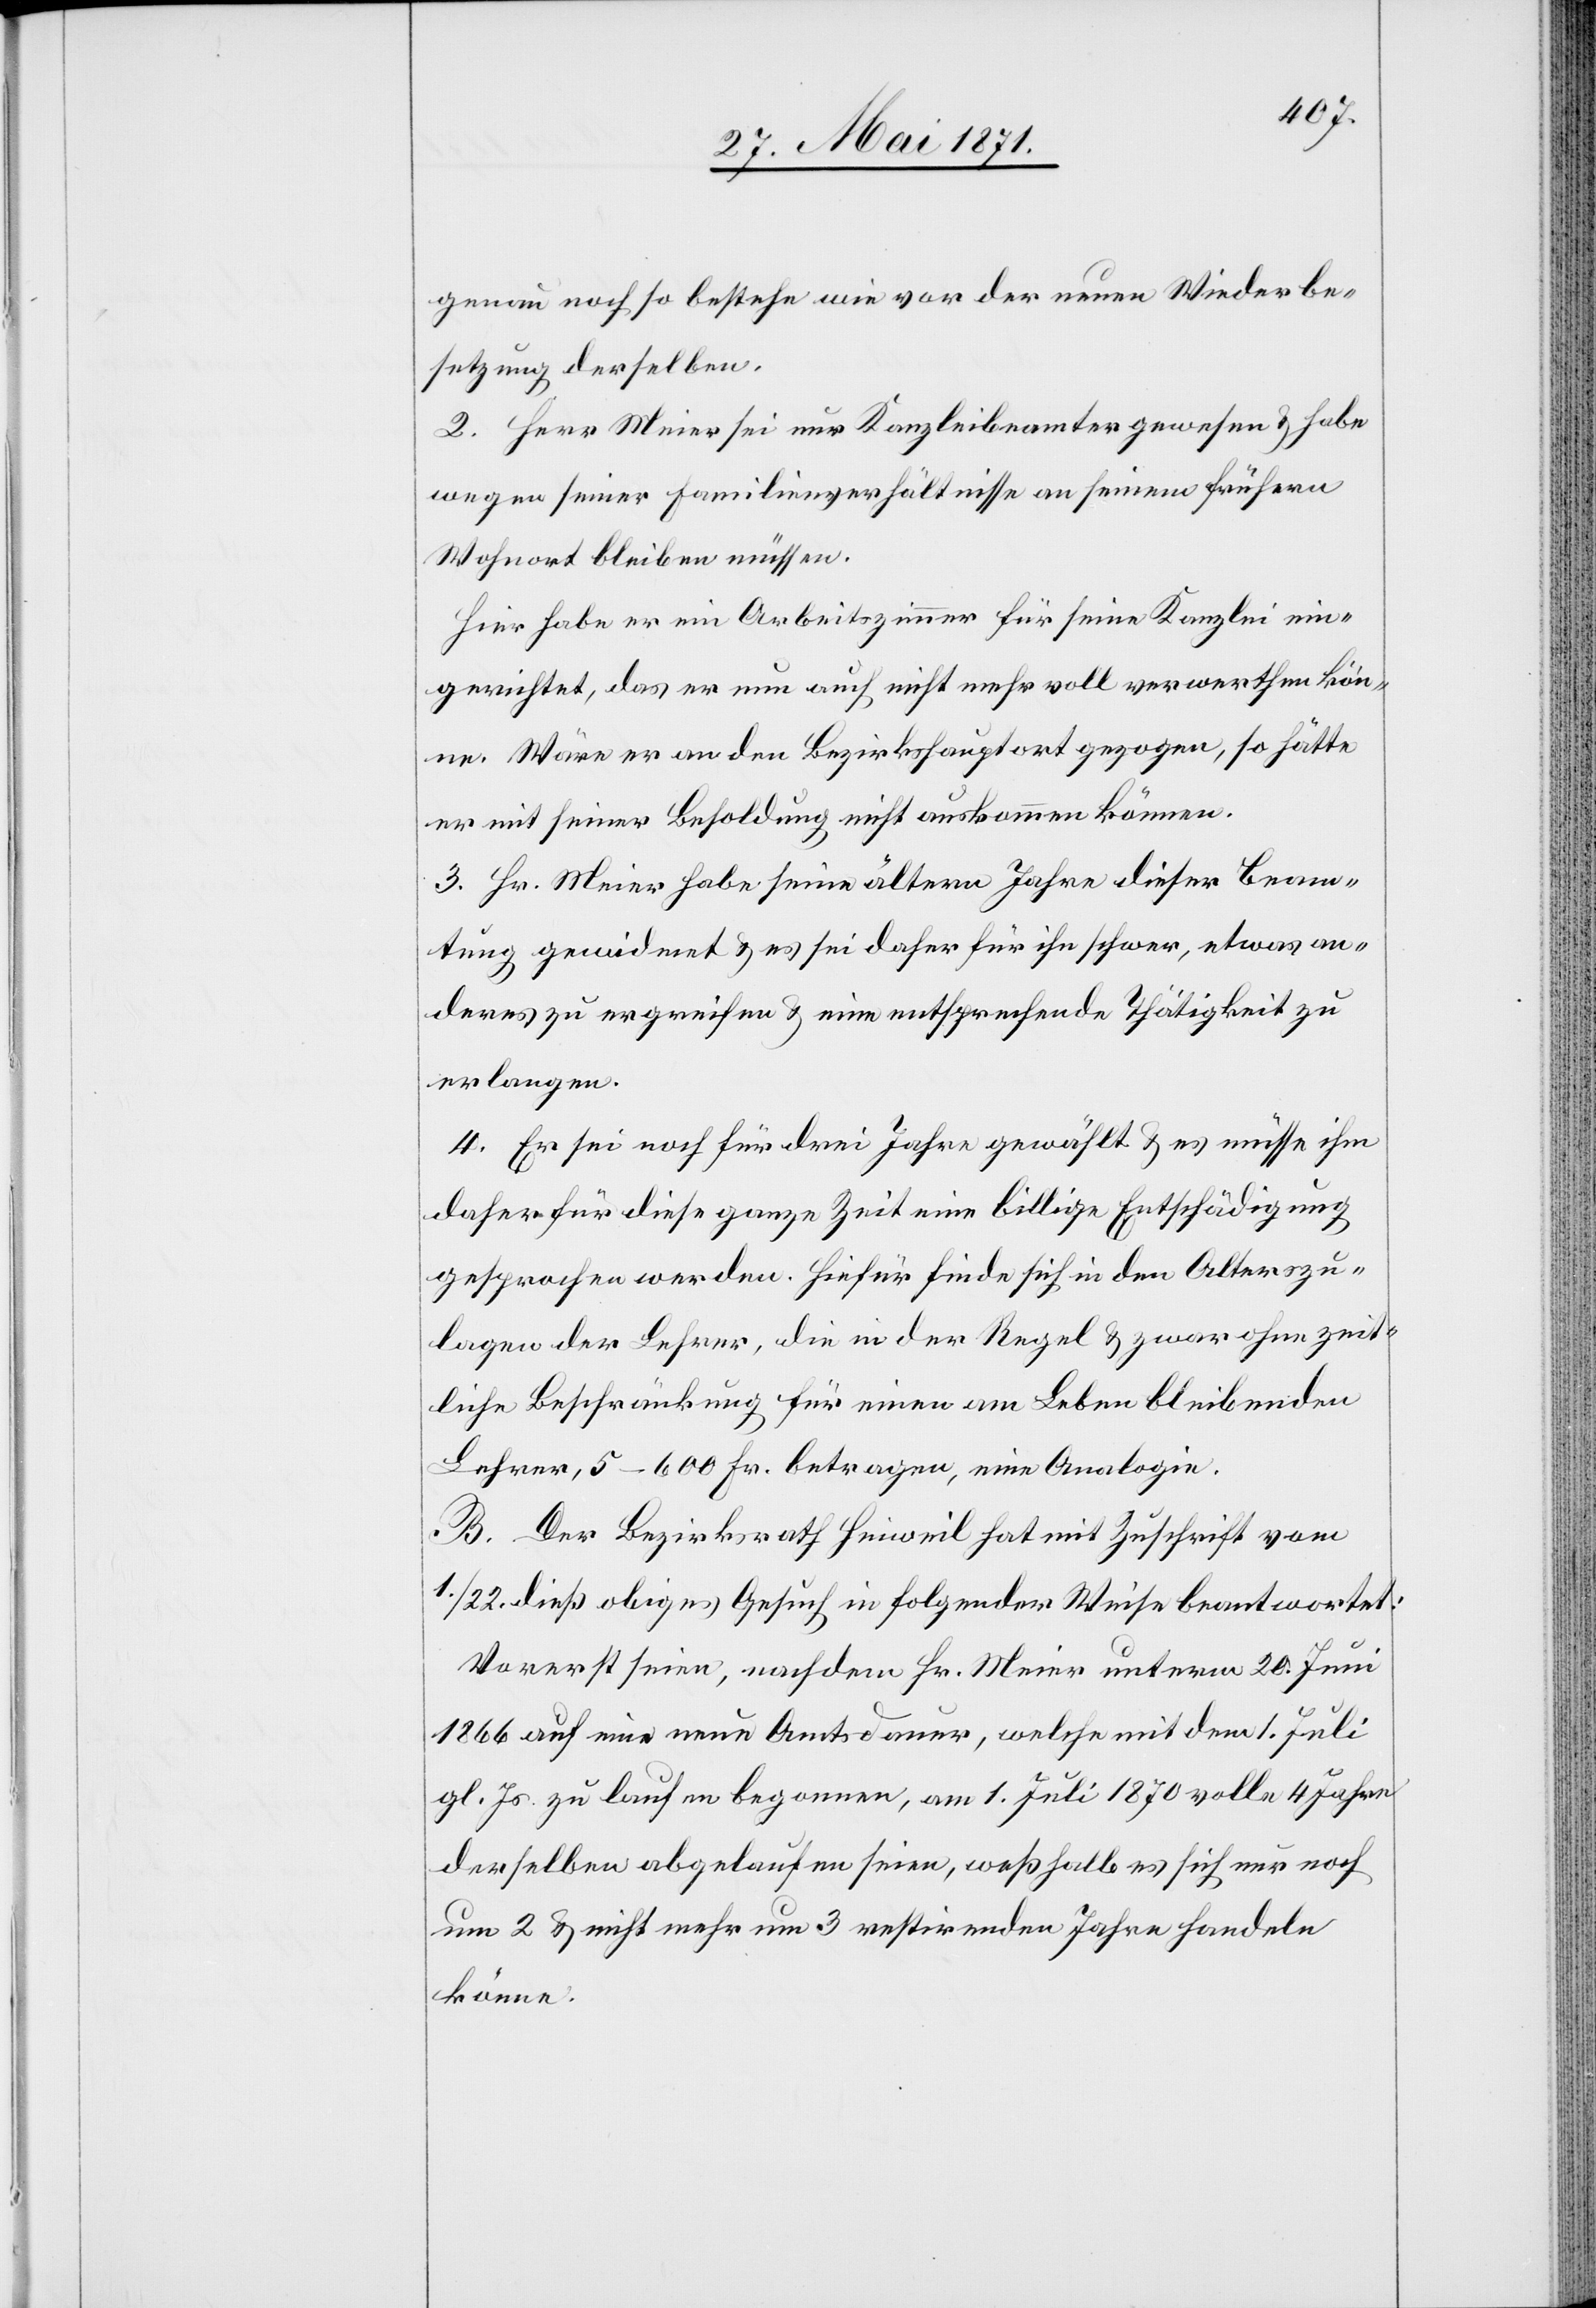
genau noch so bestehe wie vor der neuen Wiederbe¬
setzung derselben.
2. Herr Meier sei nur Kanzleibeamter gewesen u. habe
wegen seiner Familienverhältnisse an seinem frühern
Wohnort bleiben müssen.
Hier habe er ein Arbeitszimmer für seine Kanzlei ein¬
gerichtet, das er nun auch nicht mehr voll verwerthen kön¬
ne. Wäre er an den Bezirkshauptort gezogen, so hätte
er mit seiner Besoldung nicht auskommen können.
3. Hr. Meier habe seine ältern Jahre dieser Beam¬
tung gewidmet u. es sei daher für ihn schwer, etwas an¬
deres zu ergreifen u. eine entsprechende Thätigkeit zu
erlangen.
4. Er sei noch für drei Jahre gewählt u. es müsse ihm
daher für diese ganze Zeit eine billige Entschädigung
gesprochen werden. Hiefür finde sich in den Alterszu¬
lagen der Lehrer, die in der Regel u. zwar ohne zeit¬
liche Beschränkung für einen am Leben bleibenden
Lehrer, 5–600 F. betragen, eine Analogie.
B. Der Bezirksrath Hinweil hat mit Zuschrift vom
1./22. dieß obiges Gesuch in folgender Weise beantwortet:
Vorerst seien, nachdem Hr. Meier unterm 20. Juni
1866 auf eine neue Amtsdauer, welche mit dem 1. Juli
gl. Js. zu laufen begonnen, am 1. Juli 1870 volle 4 Jahre
derselben abgelaufen seien [sic!], weßhalb es sich nur noch
um 2 u. nicht mehr um 3 restirenden Jahre handeln
könne.